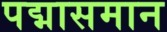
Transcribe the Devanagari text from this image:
पद्मासमान